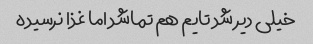
خیلى دیر شد تایم هم تماشد اما غذا نرسیده